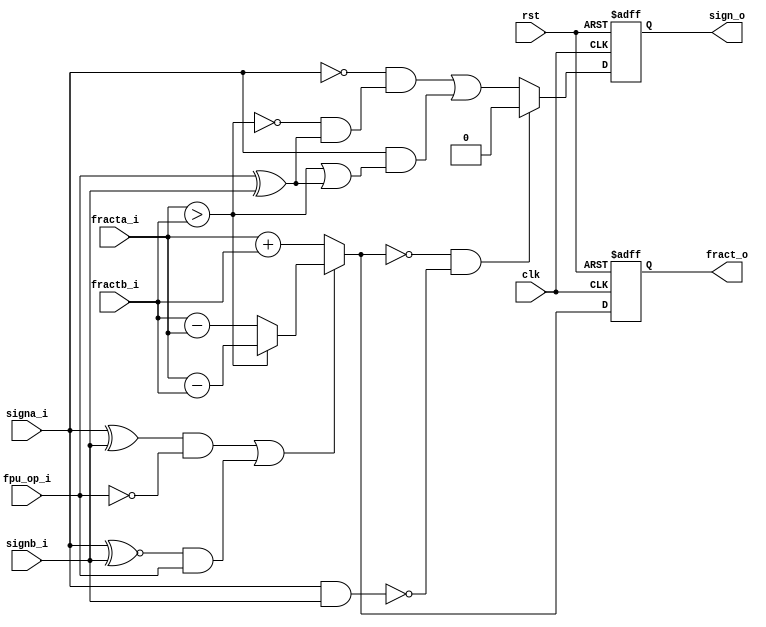
module fpu_addsub(
		  clk,
		  rst,
		  fpu_op_i,
		  fracta_i,
		  fractb_i,
		  signa_i,
		  signb_i,
		  fract_o,
		  sign_o);
   parameter FP_WIDTH = 32;
   parameter MUL_SERIAL = 0; 
   parameter MUL_COUNT = 11; 
   parameter FRAC_WIDTH = 23;
   parameter EXP_WIDTH = 8;
   parameter ZERO_VECTOR = 31'd0;
   parameter INF = 31'b1111111100000000000000000000000;
   parameter QNAN = 31'b1111111110000000000000000000000;
   parameter SNAN = 31'b1111111100000000000000000000001;
   input clk;
   input rst;
   input fpu_op_i;   
   input [FRAC_WIDTH+4:0] fracta_i;
   input [FRAC_WIDTH+4:0] fractb_i;
   input 		  signa_i;
   input 		  signb_i;
   output reg [FRAC_WIDTH+4:0] fract_o;
   output reg 		       sign_o;
   wire [FRAC_WIDTH+4:0]       s_fracta_i;
   wire [FRAC_WIDTH+4:0]       s_fractb_i;
   wire [FRAC_WIDTH+4:0]       s_fract_o;
   wire 		       s_signa_i, s_signb_i, s_sign_o;   
   wire 		       s_fpu_op_i;
   wire 		       fracta_gt_fractb;
   wire 		       s_addop;
   assign s_fracta_i = fracta_i;
   assign s_fractb_i = fractb_i;
   assign s_signa_i  = signa_i;
   assign s_signb_i  = signb_i;
   assign s_fpu_op_i = fpu_op_i;
   always @(posedge clk or posedge rst)
     if (rst)
       begin
	  fract_o <= 'd0;
	  sign_o <= 1'b0;
       end
     else
       begin
	  fract_o <= s_fract_o;
	  sign_o <= s_sign_o;	
       end
   assign fracta_gt_fractb = s_fracta_i > s_fractb_i;
   assign s_addop = ((s_signa_i ^ s_signb_i) & !s_fpu_op_i) |
		    ((s_signa_i ^~ s_signb_i) & s_fpu_op_i);
   assign s_sign_o = ((s_fract_o == 28'd0) & !(s_signa_i & s_signb_i)) ? 1'b0 :
		     (!s_signa_i & (!fracta_gt_fractb & (fpu_op_i^s_signb_i)))|
		     (s_signa_i & (fracta_gt_fractb | (fpu_op_i^s_signb_i)));
   assign s_fract_o = s_addop ?
		      (fracta_gt_fractb ? s_fracta_i - s_fractb_i :
		       s_fractb_i - s_fracta_i) :
		      s_fracta_i + s_fractb_i;
endmodule